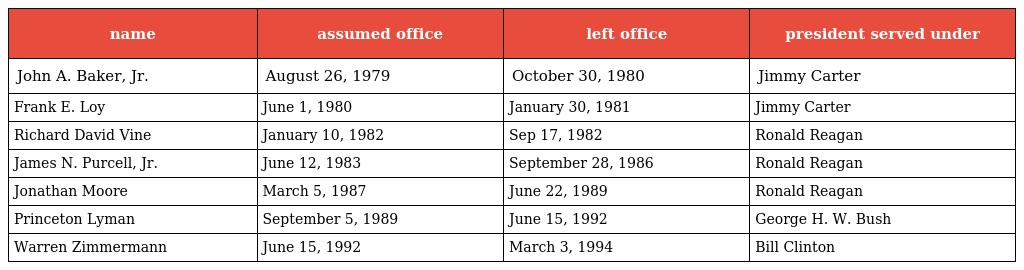
| name | assumed office | left office | president served under |
 | --- | --- | --- | --- |
 | John A. Baker, Jr. | August 26, 1979 | October 30, 1980 | Jimmy Carter |
 | Frank E. Loy | June 1, 1980 | January 30, 1981 | Jimmy Carter |
 | Richard David Vine | January 10, 1982 | Sep 17, 1982 | Ronald Reagan |
 | James N. Purcell, Jr. | June 12, 1983 | September 28, 1986 | Ronald Reagan |
 | Jonathan Moore | March 5, 1987 | June 22, 1989 | Ronald Reagan |
 | Princeton Lyman | September 5, 1989 | June 15, 1992 | George H. W. Bush |
 | Warren Zimmermann | June 15, 1992 | March 3, 1994 | Bill Clinton |